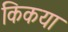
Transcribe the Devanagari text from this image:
किकया